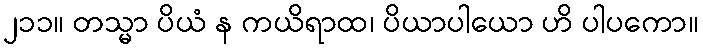
၂၁၁။ တသ္မာ ပိယံ န ကယိရာထ၊ ပိယာပါယော ဟိ ပါပကော။